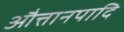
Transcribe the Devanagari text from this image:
औत्तानपादि